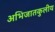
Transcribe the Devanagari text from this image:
अभिजातकुलीय